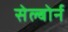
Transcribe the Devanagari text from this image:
सेल्बोर्न